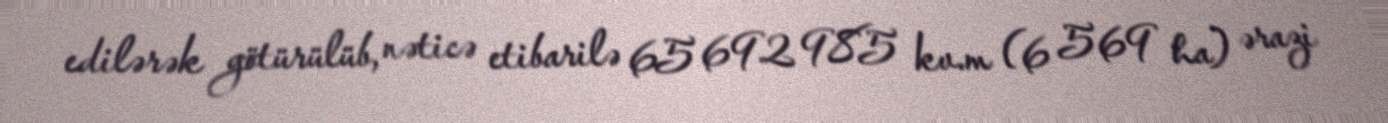
edilərək götürülüb, nəticə etibarilə 65 692 985 kv.m (6 569 ha) ərazi